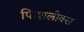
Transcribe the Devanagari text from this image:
फिशलोक्स